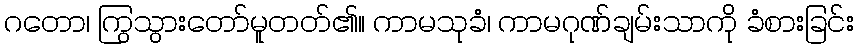
ဂတော၊ ကြွသွားတော်မူတတ်၏။ ကာမသုခံ၊ ကာမဂုဏ်ချမ်းသာကို ခံစားခြင်း